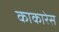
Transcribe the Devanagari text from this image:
काकारेस